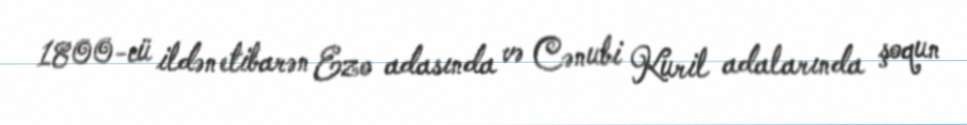
1800-cü ildən etibarən Ezo adasında və Cənubi Kuril adalarında şoqun